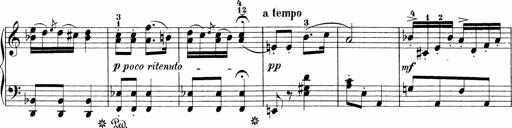
Title: Sonatinen Op.47, 98 und 136, nebst 6 Liedersonatinen
Composer: Carl Reinecke